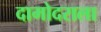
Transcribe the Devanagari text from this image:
दामोदराला